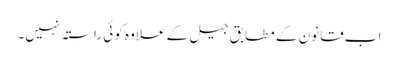
اب قانون کے مطابق جیل کے علاوہ کوئی راستہ نہیں۔